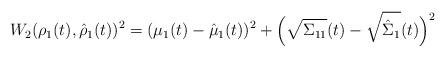
LaTeX: \begin{align*} W_2(\rho_1(t),\hat{\rho}_1(t))^2=(\mu_1(t)-\hat{\mu}_1(t))^2+\Big(\sqrt{\Sigma_{11}}(t)-\sqrt{\hat{\Sigma}_{1}}(t)\Big)^2\end{align*}